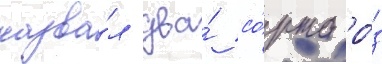
назва́л два́ со́рта ро́з